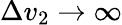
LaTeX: \Delta v_{2}\to\infty